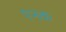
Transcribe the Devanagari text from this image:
एनक